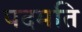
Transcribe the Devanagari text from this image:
पदमति